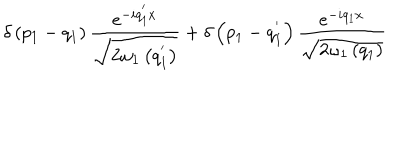
\delta \left( p _ { 1 } - q _ { 1 } \right) \frac { e ^ { - i q _ { 1 } ^ { ' } x } } { \sqrt { 2 { \omega } _ { 1 } \left( q _ { 1 } ^ { ' } \right) } } + \delta \left( p _ { 1 } - q _ { 1 } ^ { ' } \right) \frac { e ^ { - i q _ { 1 } x } } { \sqrt { 2 { \omega } _ { 1 } \left( q _ { 1 } \right) } }